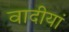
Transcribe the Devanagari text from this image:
वादीयां